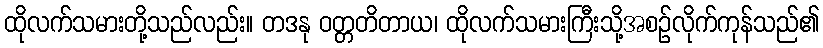
ထိုလက်သမားတို့သည်လည်း။ တဒနု ဝတ္တတိတာယ၊ ထိုလက်သမားကြီးသို့အစဉ်လိုက်ကုန်သည်၏